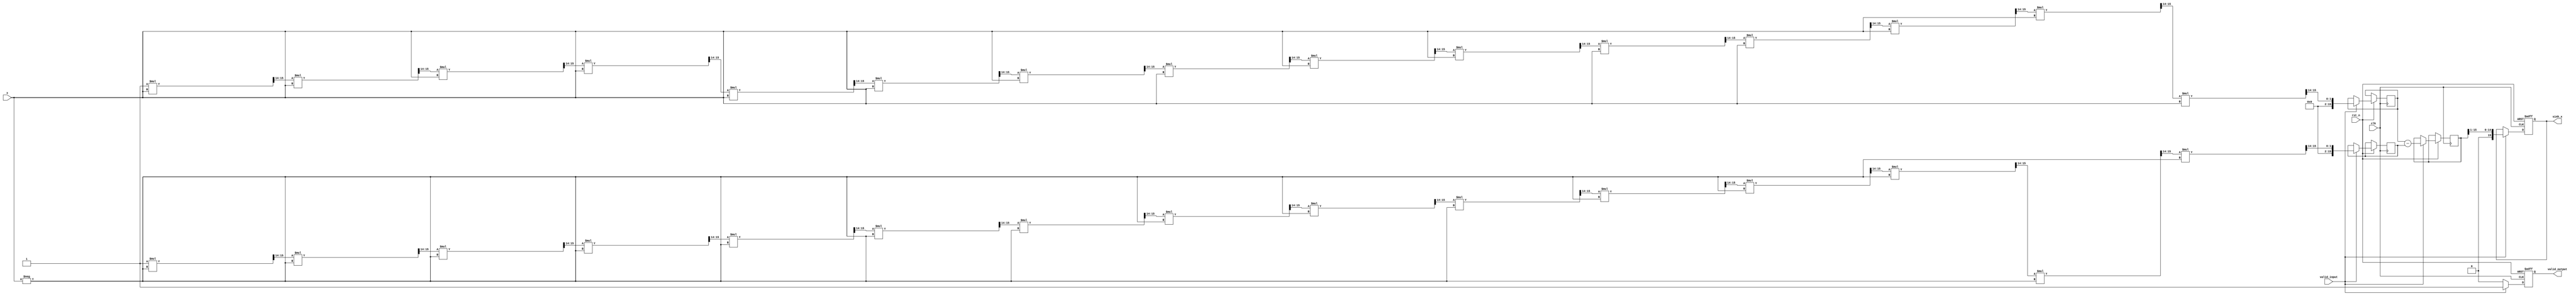
module sinh_block (
    input       clk,          // Clock signal
    input       rst_n,        // Reset signal (active low)
    input       valid_input,  // Input valid signal
    input [15:0] x,           // Fixed-point input (16-bits)
    output reg [15:0] sinh_x,  // Fixed-point output (16-bits)
    output reg valid_output    // Output valid signal
);

    // Internal signals
    reg [15:0] exp_x;         // e^x
    reg [15:0] exp_neg_x;     // e^-x
    reg [15:0] exp_diff;      // e^x - e^-x

    // Exponential approximation function
    function [15:0] exp_approx;
        input [15:0] y;  // Fixed-point input
        reg [15:0] result;
        integer i;
        begin
            result = 16'h0001; // e^0 = 1
            for (i = 0; i < 15; i = i + 1) begin
                result = (result * y) >> 14; // Simple scaling; adjust precision here
            end
            exp_approx = result;
        end
    endfunction

    // Compute sinh value
    always @(posedge clk or negedge rst_n) begin
        if (!rst_n) begin
            sinh_x <= 16'h0000;
            valid_output <= 1'b0;
        end
        else if (valid_input) begin
            // Compute e^x and e^-x
            exp_x <= exp_approx(x);
            exp_neg_x <= exp_approx(-x);

            // Calculate e^x - e^-x
            exp_diff <= exp_x - exp_neg_x;

            // Divide by 2 to get sinh(x)
            sinh_x <= exp_diff >> 1; // Right shift by 1 is equivalent to division by 2
            
            // Set output valid
            valid_output <= 1'b1;
        end
        else begin
            valid_output <= 1'b0; // Reset output valid if no valid input
        end
    end

endmodule